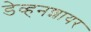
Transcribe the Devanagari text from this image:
डेव्हनशायर